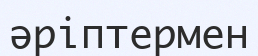
әріптермен